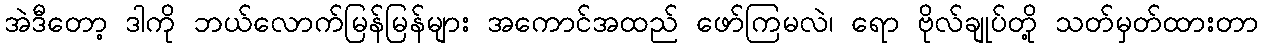
အဲဒီတော့ ဒါကို ဘယ်လောက်မြန်မြန်များ အကောင်အထည် ဖော်ကြမလဲ၊ ရော ဗိုလ်ချုပ်တို့ သတ်မှတ်ထားတာ